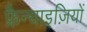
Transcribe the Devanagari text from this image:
फ्रैन्चाइज़ियों